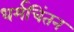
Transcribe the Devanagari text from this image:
धर्मचिंतन